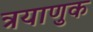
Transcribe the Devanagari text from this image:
त्रयाणुक